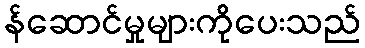
န်ဆောင်မှုများကိုပေးသည်